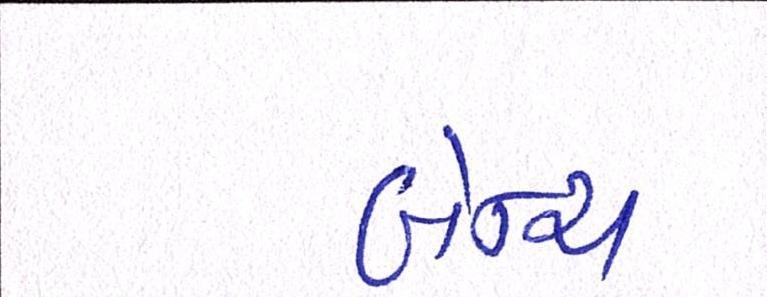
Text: બેન્ચ